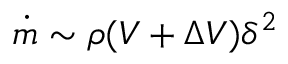
\dot { m } \sim \rho ( V + \Delta V ) \delta ^ { 2 }